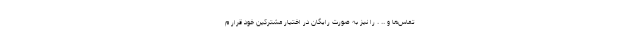
تماس‌ها و .. . را نیز به صورت رایگان در اختیار مشترکین خود قرار م